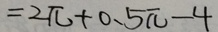
= 2 \pi + 0 . 5 \pi - 4